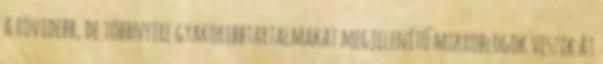
a rövidebb, de többnyire gyakoribbtartalmakat megjelenítő mikroblogok veszik át